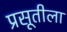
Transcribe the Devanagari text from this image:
प्रसूतीला